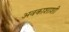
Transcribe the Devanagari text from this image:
अवकाशाशी